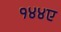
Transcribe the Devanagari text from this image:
१४४ए